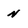
Character: n